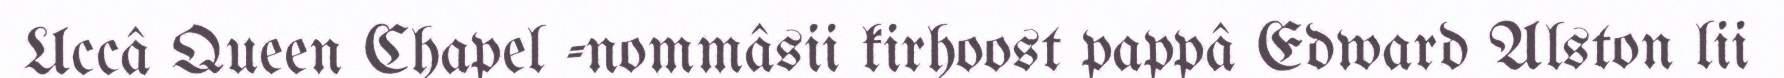
Uccâ Queen Chapel -nommâsii kirhoost pappâ Edward Alston lii